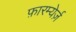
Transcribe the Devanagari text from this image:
फ़ारम्येर्ज़